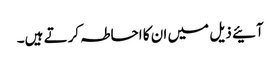
آئیے ذیل میں ان کا احاطہ کرتے ہیں۔